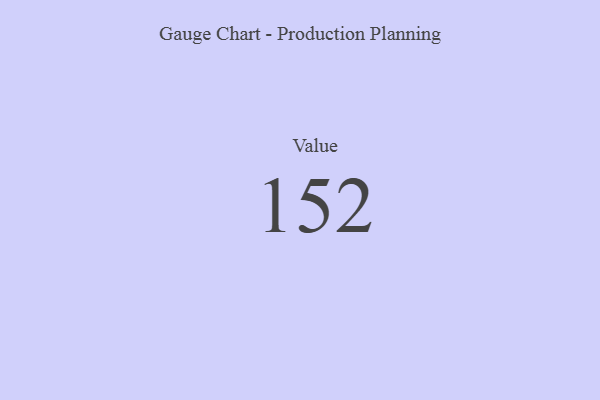
{"axis": {"x": "Metric", "y": "Value"}, "legend": [""], "data": [{"x": "Value", "y": 152, "type": ""}]}